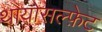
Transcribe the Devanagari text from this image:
थायोसल्फ़ेट